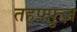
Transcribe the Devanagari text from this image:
तहफ़्फ़ुज़